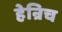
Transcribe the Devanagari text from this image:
हेन्रिच